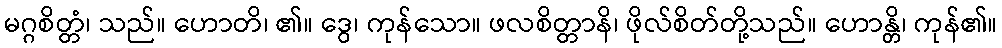
မဂ္ဂစိတ္တံ၊ သည်။ ဟောတိ၊ ၏။ ဒွေ၊ ကုန်သော။ ဖလစိတ္တာနိ၊ ဖိုလ်စိတ်တို့သည်။ ဟောန္တိ၊ ကုန်၏။